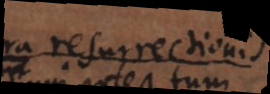
die resurrectionis